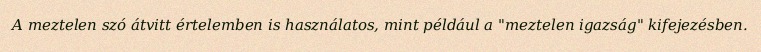
A meztelen szó átvitt értelemben is használatos, mint például a "meztelen igazság" kifejezésben.